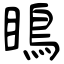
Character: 瞗